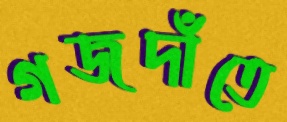
গজদাঁতে